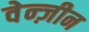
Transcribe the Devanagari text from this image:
वेन्ज़ीन